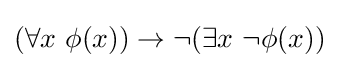
(\forall x\ \phi (x))\to \neg (\exists x\ \neg \phi (x))